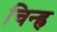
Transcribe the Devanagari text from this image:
चिन्ह्र